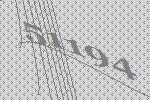
51194